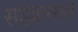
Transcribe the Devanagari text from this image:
सड़कस्थल